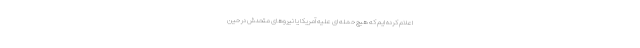
اعلام کرده ایم که هیچ حمله ای علیه آمریکا یا نیروهای متحدش در حین